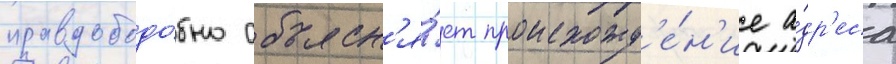
правдоподо́бно объясн'я́ет происхожд'е́н'ие а́др'еса